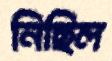
নিছিল